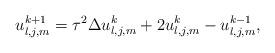
LaTeX: \begin{align*} u_{l,j,m}^{k+1} = \tau^2 \Delta u_{l,j,m}^k + 2 u_{l,j,m}^k - u_{l,j,m}^{k-1},\end{align*}